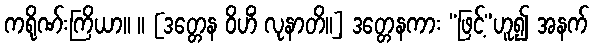
ကရိုဏ်းကြိယာ။ ။ [ဒတ္တေန ဝိဟိံ လုနာတိ။] ဒတ္တေနကား “ဖြင့်”ဟူ၍ အနက်